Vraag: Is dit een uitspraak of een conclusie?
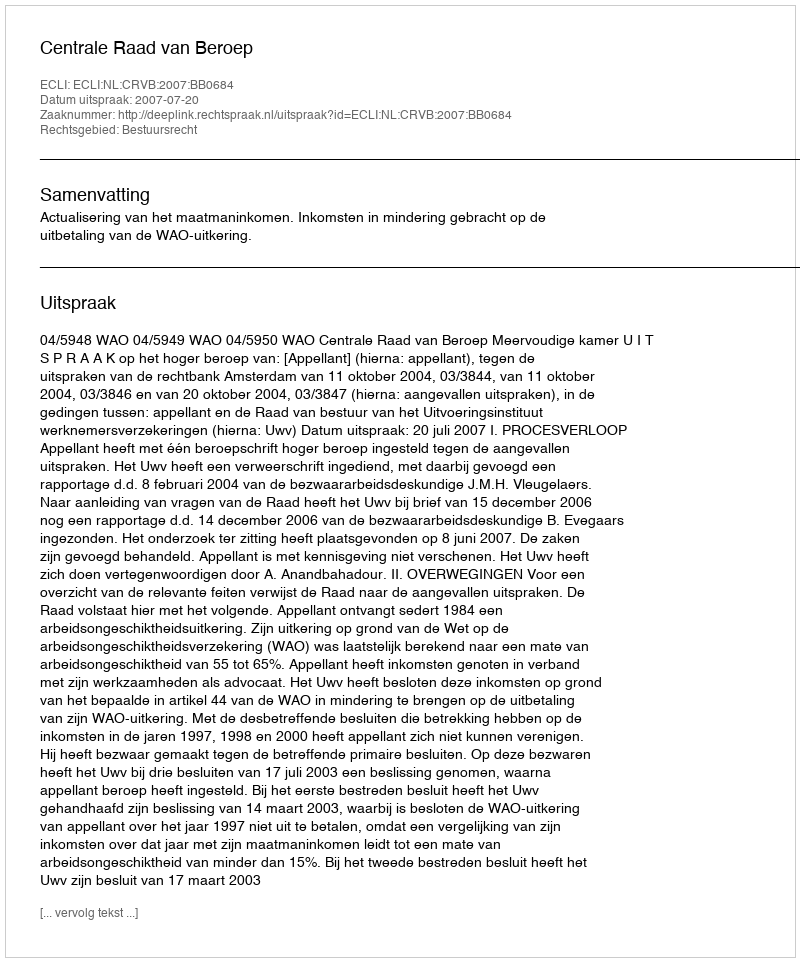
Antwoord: Uitspraak